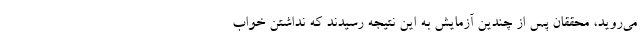
می‌روید، محققان پس از چندین آزمایش به این نتیجه رسیدند که نداشتن خواب